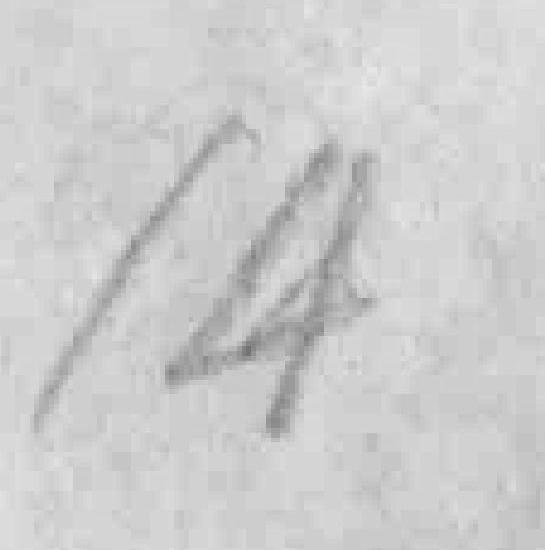
14